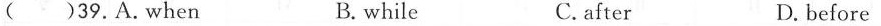
( )39.A.When B. while C.after D. before